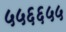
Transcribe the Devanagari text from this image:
५५६६५५